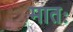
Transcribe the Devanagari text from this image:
मातः